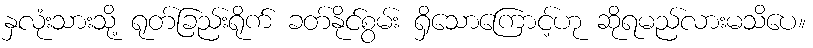
နှလုံးသားသို့ ရုတ်ခြည်းရိုက် ခတ်နိုင်စွမ်း ရှိသောကြောင့်ဟု ဆိုရမည်လားမသိပေ။